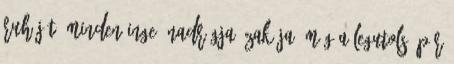
ruháját. Minden inge, nadrágja, zakója, még a legutolsó pár